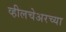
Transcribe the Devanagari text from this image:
व्हीलचेअरच्या